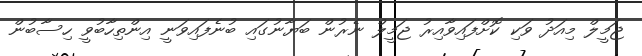
ޖަމީލް މިއަދު ވަކި ކޮށްފައިވާއިރު ޖަމީލް ނެރުން ބަޔާނުގައި ބުނެފައިވަނީ އިންތިހާބުވީ ހިސާބުން